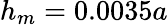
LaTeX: h_{m}=0.0035a